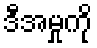
ဒီအမှုကို